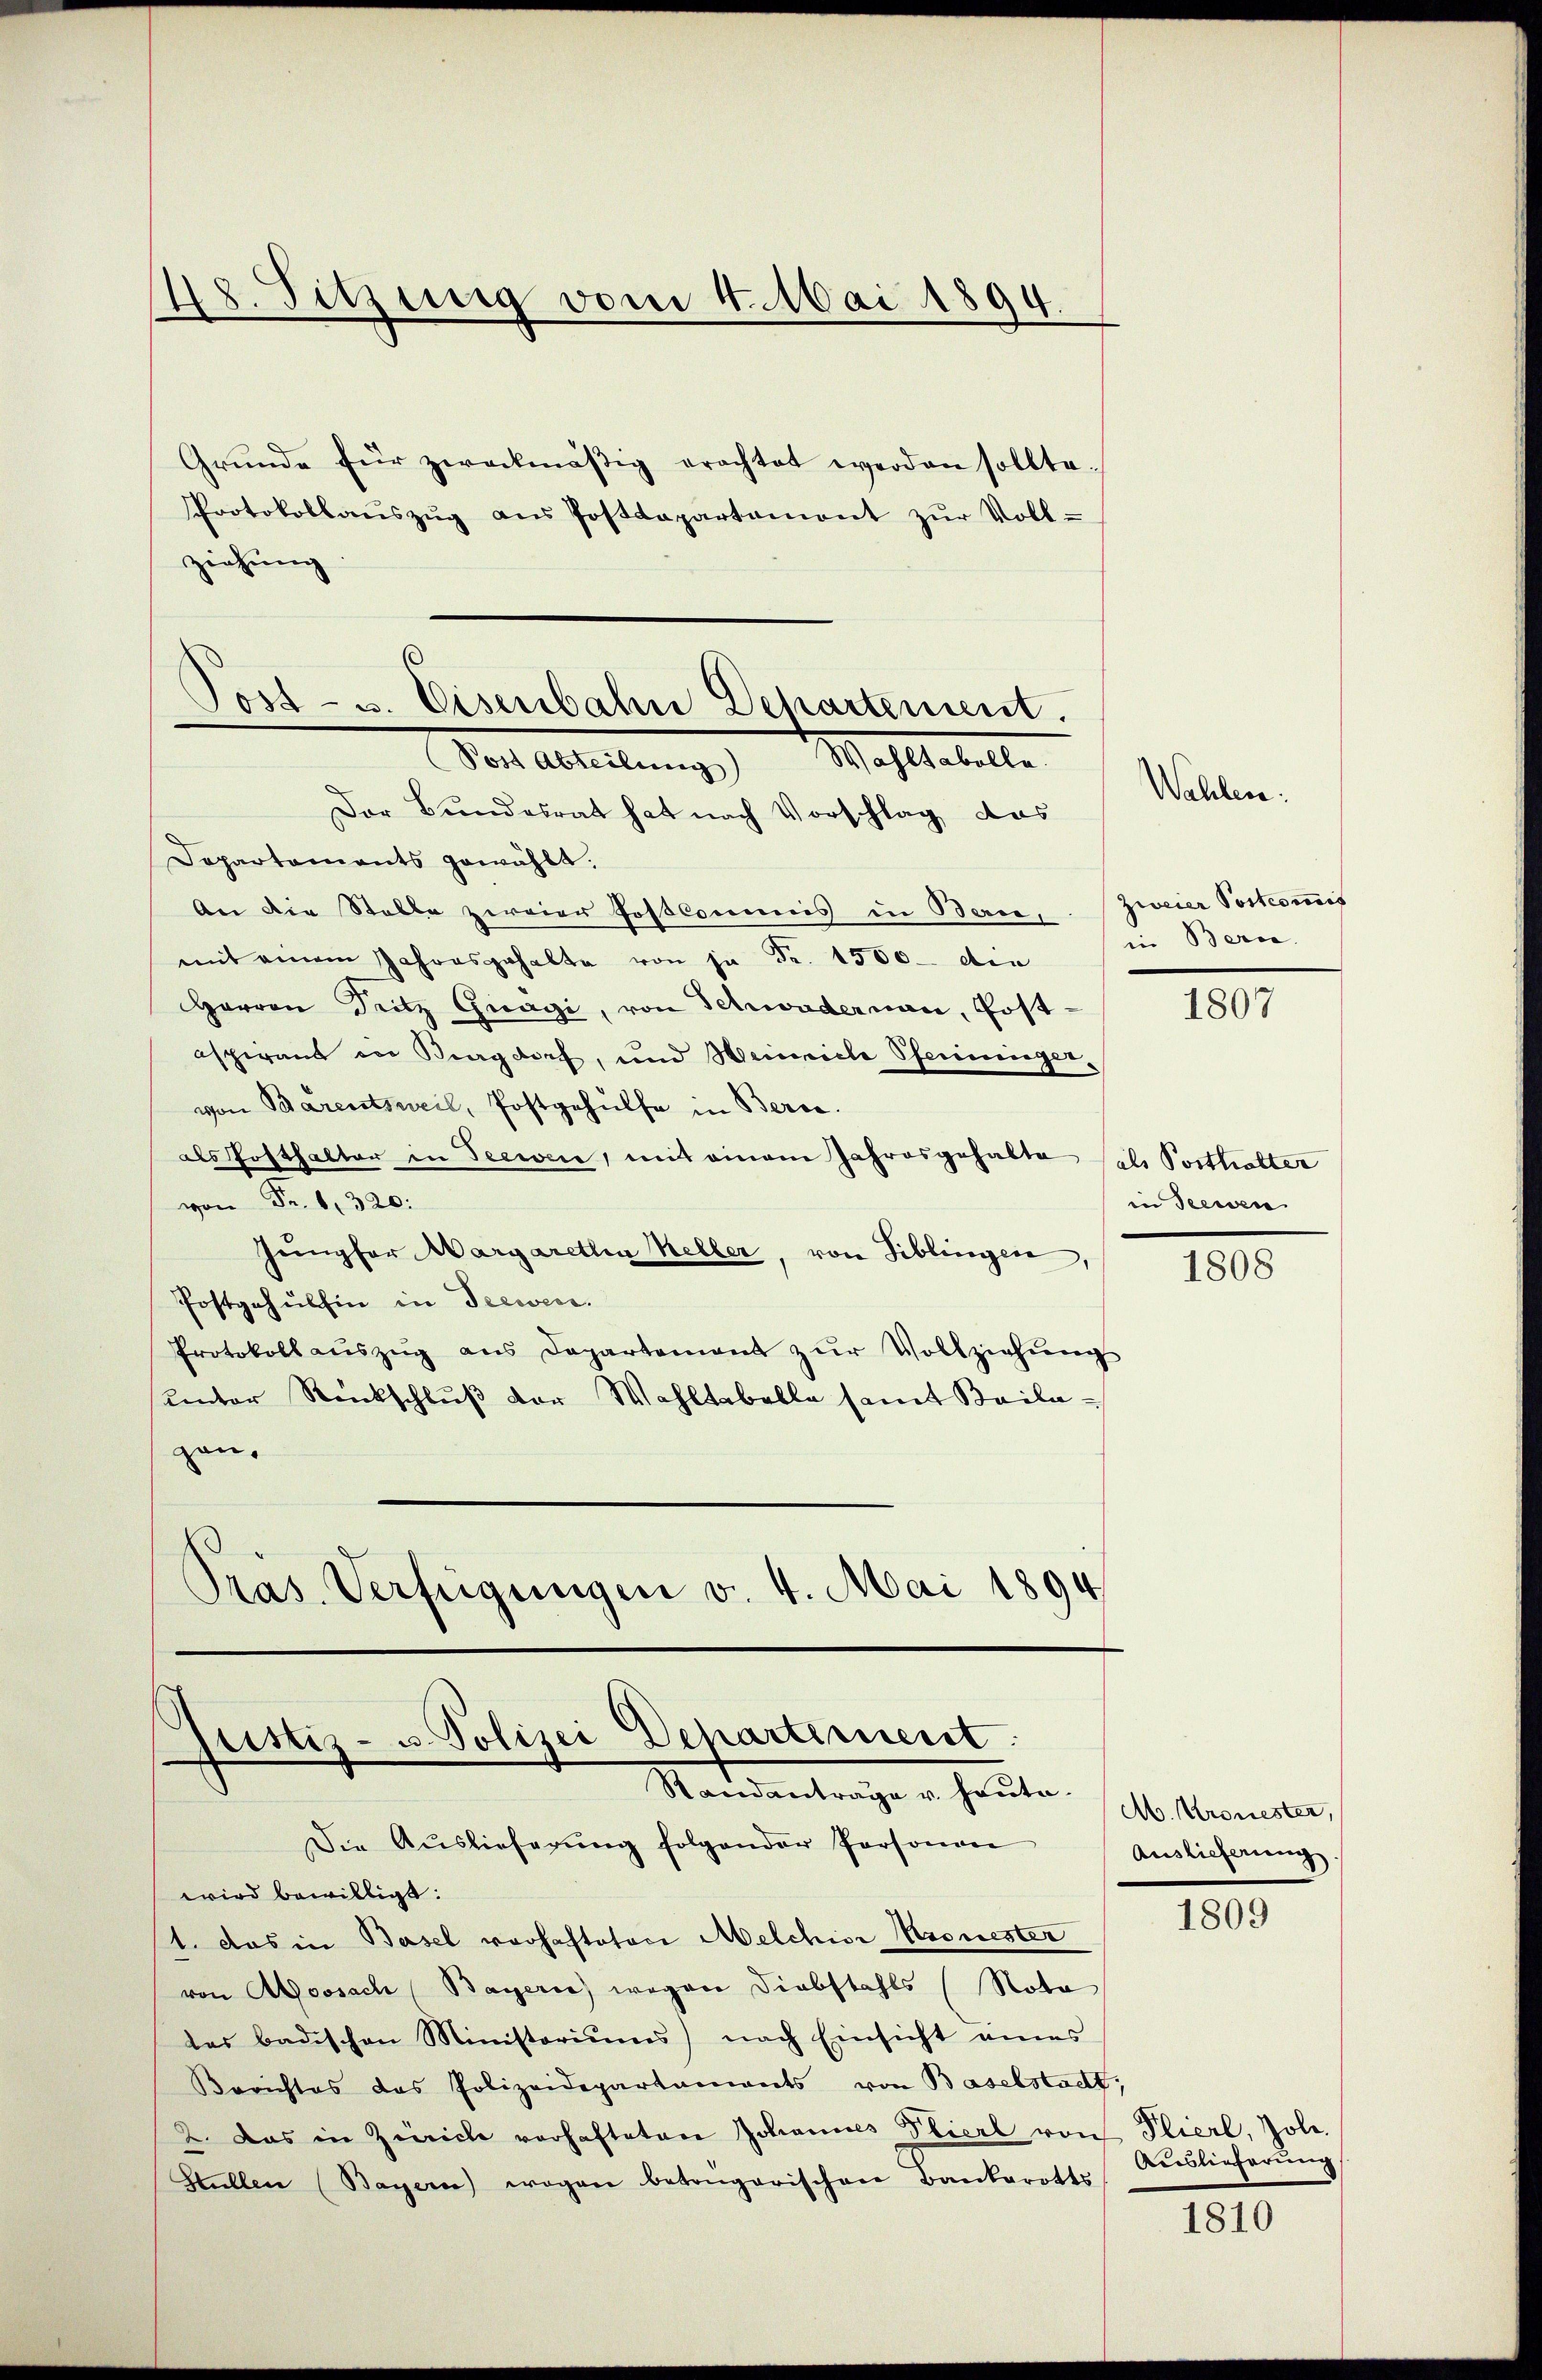
48. Sitzung vom 4. Mai 1894.

Grŭnde für zweckmäßig erachtet werden sollte.
Protokollaŭszŭg aŭs Postdepartament zŭr Voll-
ziehung:
Der Bundesrat hat nach Vorschlag das
Departaments gewählt.
An die Stelle zweier Festkommis in Bern, Zweier Postcommis
mit einem Jahresgehalte von ja Fr. 1500 die in Berne
Herren Dritz Guagi, von Schwadernau, Postaspirand in Burgdorf, und Weinriche Pfenninger-
von Barentsweil, Postgehülfe in Bern.
als Posthalter in Seewere, mit einem Jahresgehalte sel Porthalter
von Fr. 61320:
Jungfer Margaretten Keller, von Biblingen,
Postgehülfen in Seewen.
Protokoll aŭszŭg ans Departement zŭr Vollziehŭng
unter Rückschluß der Wahltabelle samt Beilagan.
Präs. Verfügungen v. 4. Mai 1894

Post- u. Eisenbahn Departement.
Mahlestelle
Post Abteilung)

Guittiz- u. Polizei Departement.
Standantrage u. heute M. Kronester,

Die Aŭslieferŭng folgender Personan
wird bewilligt:
1. Das in Basel vorhaftatore Melchior Kronester
von Aossach Bayern) wegen Diebstahls (Nota
das badischen Ministoriŭms) nach Einsicht eines
Berichtes das Polizeidepartaments von Baselstadt,
2. Das in Zürich vorhafteten Johannes Gliert von Plierl, Jole.
Stellen (Bayern) wogen betongarischen Bankarotts

Wahlen.

1807

in Seewen

1808

Auslieferung

1809

Auslieferung

1810